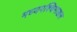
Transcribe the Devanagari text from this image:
मध्यपश्चिमाञ्चल